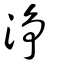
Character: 淨